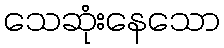
သေဆုံးနေသော